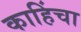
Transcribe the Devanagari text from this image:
काहिंचा